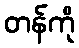
တန်ကို